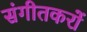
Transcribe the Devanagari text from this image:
संगीतकरों